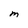
Character: M